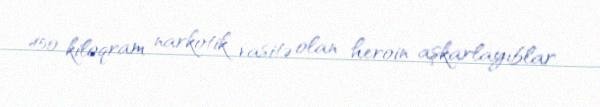
450 kiloqram narkotik vasitə olan heroin aşkarlayıblar.